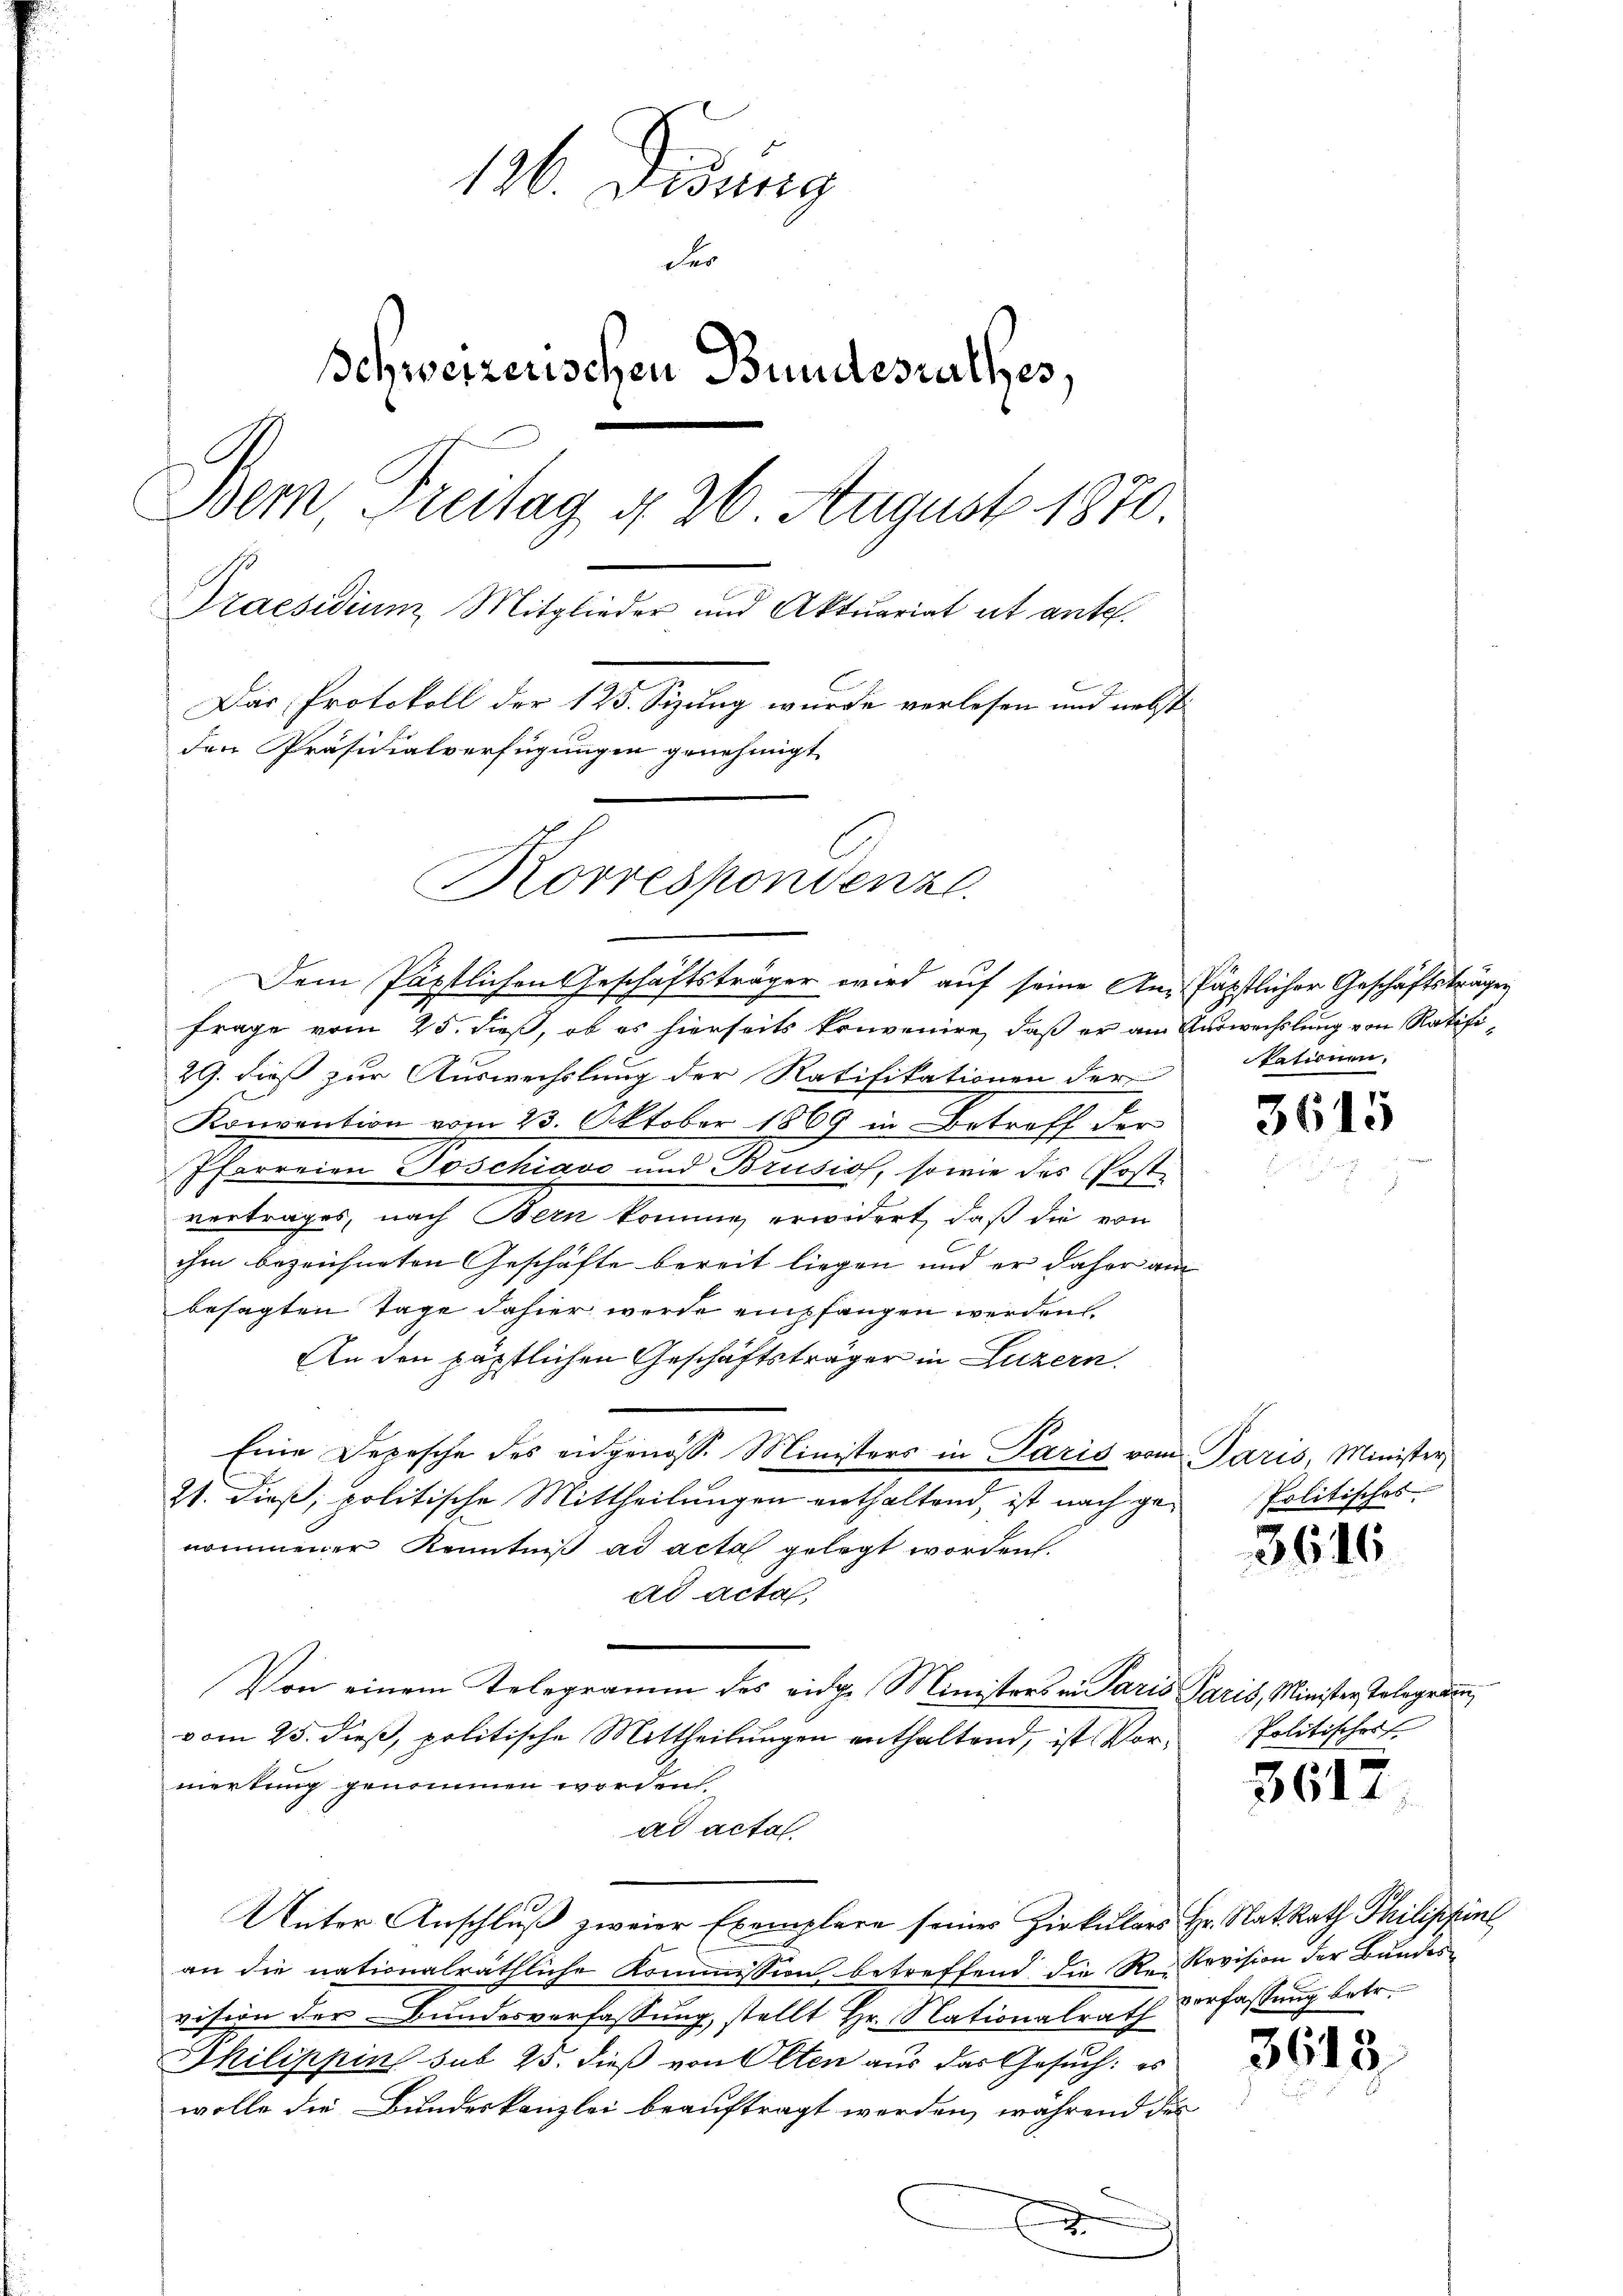
136. Desung
der
Schweizerischen Bundesrathes,
Bem, Freitag d. 26 August 1870.
Praesidium Mitglieder und Aktuariat et ante.
Der Protokoll der Sitzung wurde er sehen und an die
den Präsidialverfügungen genehmigt
Korrespondenzl

Dei Päpstlichen Geschäftsträger wird auf seine An-Päpstlicher Geschäftsträgen
Frage vom 25. dieß, ob es hierseits konvenire, daß er am Verwechslung von Ratifi¬
29. dieß zur Auswechslung der Ratifikationen der
Konvention vom 23. Oktober 1869 in Betreff der
Ifarreien Joschiavo und Brusiof, sowie das Post
vertrages, nach Bern komme erwidert, daß die von
ihm bezeichneten Geschäfte bereit liegen und er daher am
besagten Tage dahier werde empfangen werden
An den päpstlichen Geschäftsträger in Luzern.
Eine Depesche des angenoss. Ministers in Paris vom Paris, Minister,
21. dieß; politische Mittheilungen enthaltend, ist nach genommener Kenntniß ad acta gelegt worden.
ad acta,
Von einem Telegramm des eidg. Ministers in Paris Paris, Minister Telegramvom 25. dieß, politische Mittheilungen enthaltend, ist Vormerkung genommen worden
ad acta.
Unter Anschluß zweier Exemplere seiner Zirkulars Hr. Rat Rath Philippinl
an die nationalräthliche Kommission betreffend die Re-Revision der Bundes
vision der Bundesverfassung, stellt Hr. Nationalrath Verfassung betr.
Skilippin sub 25. dieß von Olten aus der Gesuch: es
wolle die Bundeskanzlei beauftragt werden, während des
x

kationen.

3615

Politisches

3616

Politischer

361.

3618